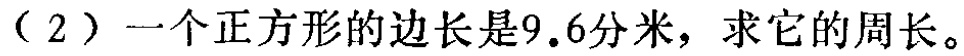
（2）一个正方形的边长是9.6分米，求它的周长。